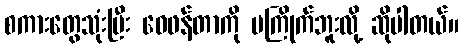
စကားတွေသုံးပြီး ဝေဖန်တာကို မကြိုက်ဘူးလို့ ဆိုပါတယ်။